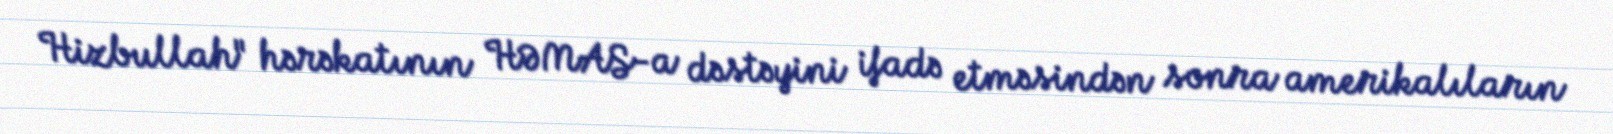
Hizbullah" hərəkatının HƏMAS-a dəstəyini ifadə etməsindən sonra amerikalıların